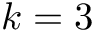
k = 3